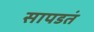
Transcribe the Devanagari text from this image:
सापडतं